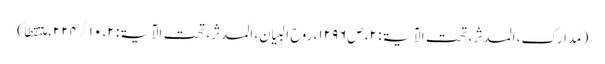
( مدارک، المدثر، تحت الآیۃ: ۲، ص۱۲۹۶، روح البیان، المدثر، تحت الآیۃ: ۲، ۱۰ / ۲۲۴، ملتقطاً)